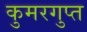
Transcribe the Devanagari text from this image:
कुमरगुप्त